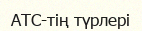
АТС-тің түрлері